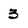
Character: 3